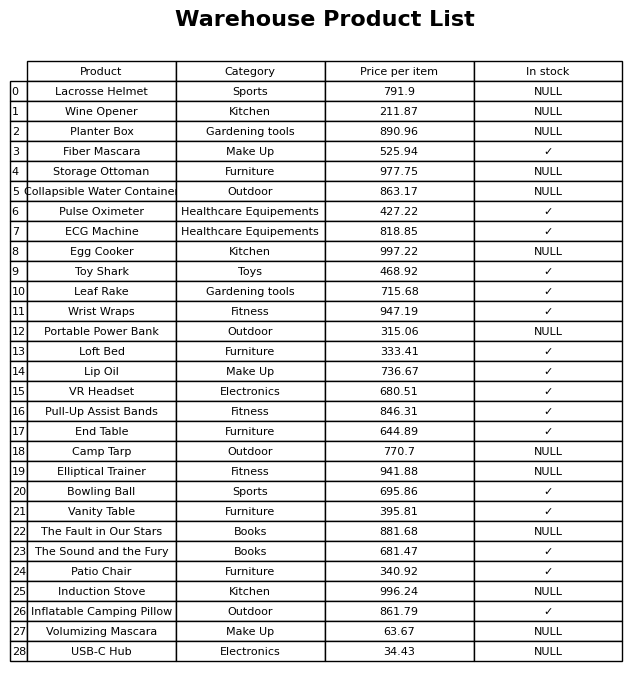
question: What is the price of the Toy Shark?
answer: The price of Toy Shark is 468.92.